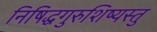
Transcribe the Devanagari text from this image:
निषिद्धगुरुशिष्यस्तु